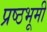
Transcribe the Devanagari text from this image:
प्रष्ठभूमी